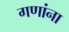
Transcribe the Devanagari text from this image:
गणांना